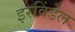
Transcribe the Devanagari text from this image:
इरविंडेल